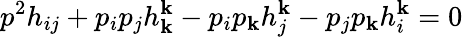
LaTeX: p^{2}h_{ij}+p_{i}p_{j}h_{\mathbf{k}}^{\mathbf{k}}-p_{i}p_{\mathbf{k}}h_{j}^{\mathbf{k}}-p_{j}p_{\mathbf{k}}h_{i}^{\mathbf{k}}=0